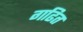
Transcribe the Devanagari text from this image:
गढित